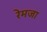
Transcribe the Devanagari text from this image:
रेमजा